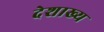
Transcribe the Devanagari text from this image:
देशाख्य